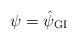
LaTeX: \begin{align*}\psi = \hat{\psi}_{\mbox{\scriptsize GI}}\end{align*}